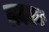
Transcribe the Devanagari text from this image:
लक्चन